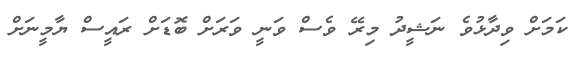
ކަމަށް ވިދާޅުވެ ނަޝީދު މިރޭ ވެސް ވަނީ ވަރަށް ބޮޑަށް ރައީސް ޔާމީނަށް